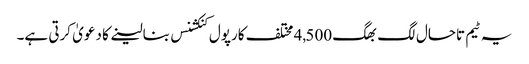
یہ ٹیم تاحال لگ بھگ 4,500 مختلف کارپول کنکشنس بنالینے کا دعویٰ کرتی ہے۔